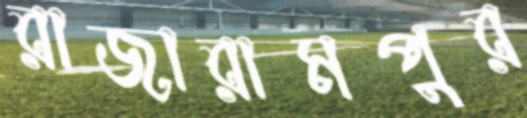
রাজারামপুর